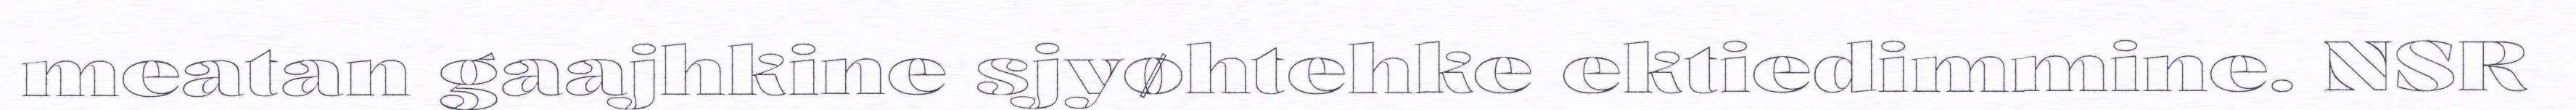
meatan gaajhkine sjyøhtehke ektiedimmine. NSR